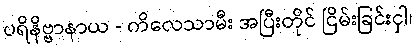
ပရိနိဗ္ဗာနာယ - ကိလေသာမီး အပြီးတိုင် ငြိမ်းခြင်းငှါ၊